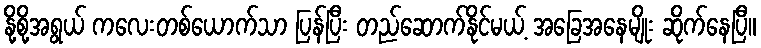
နို့စို့အရွယ် ကလေးတစ်ယောက်သာ ပြန်ပြီး တည်ဆောက်နိုင်မယ့် အခြေအနေမျိုး ဆိုက်နေပြီ။